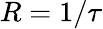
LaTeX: R=1/\tau